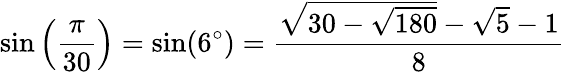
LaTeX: \sin\left({\frac{\pi}{30}}\right)=\sin(6^{\circ})={\frac{{\sqrt{30-{\sqrt{180}}}}-{\sqrt{5}}-1}{8}}